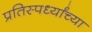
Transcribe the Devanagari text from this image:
प्रतिस्पर्ध्यांच्या